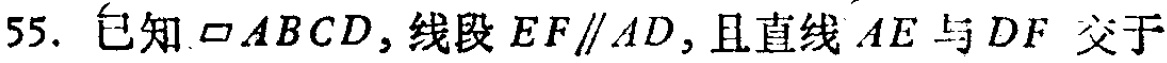
55. 已知$\square ABCD$，线段$EF\parallel AD$，且直线$AE$与$DF$交于